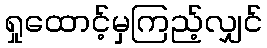
ရှုထောင့်မှကြည့်လျှင်